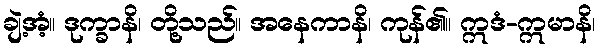
ချဲ့အံ့။ ဒုက္ခာနိ၊ တို့သည်။ အနေကာနိ၊ ကုန်၏။ ဣဒံ-ဣမာနိ၊